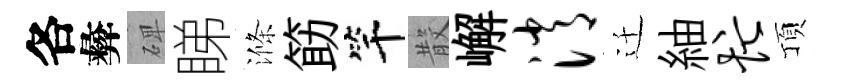
各彜𥓓睇滌筯竿𣪚嶰消迁紬忙頂